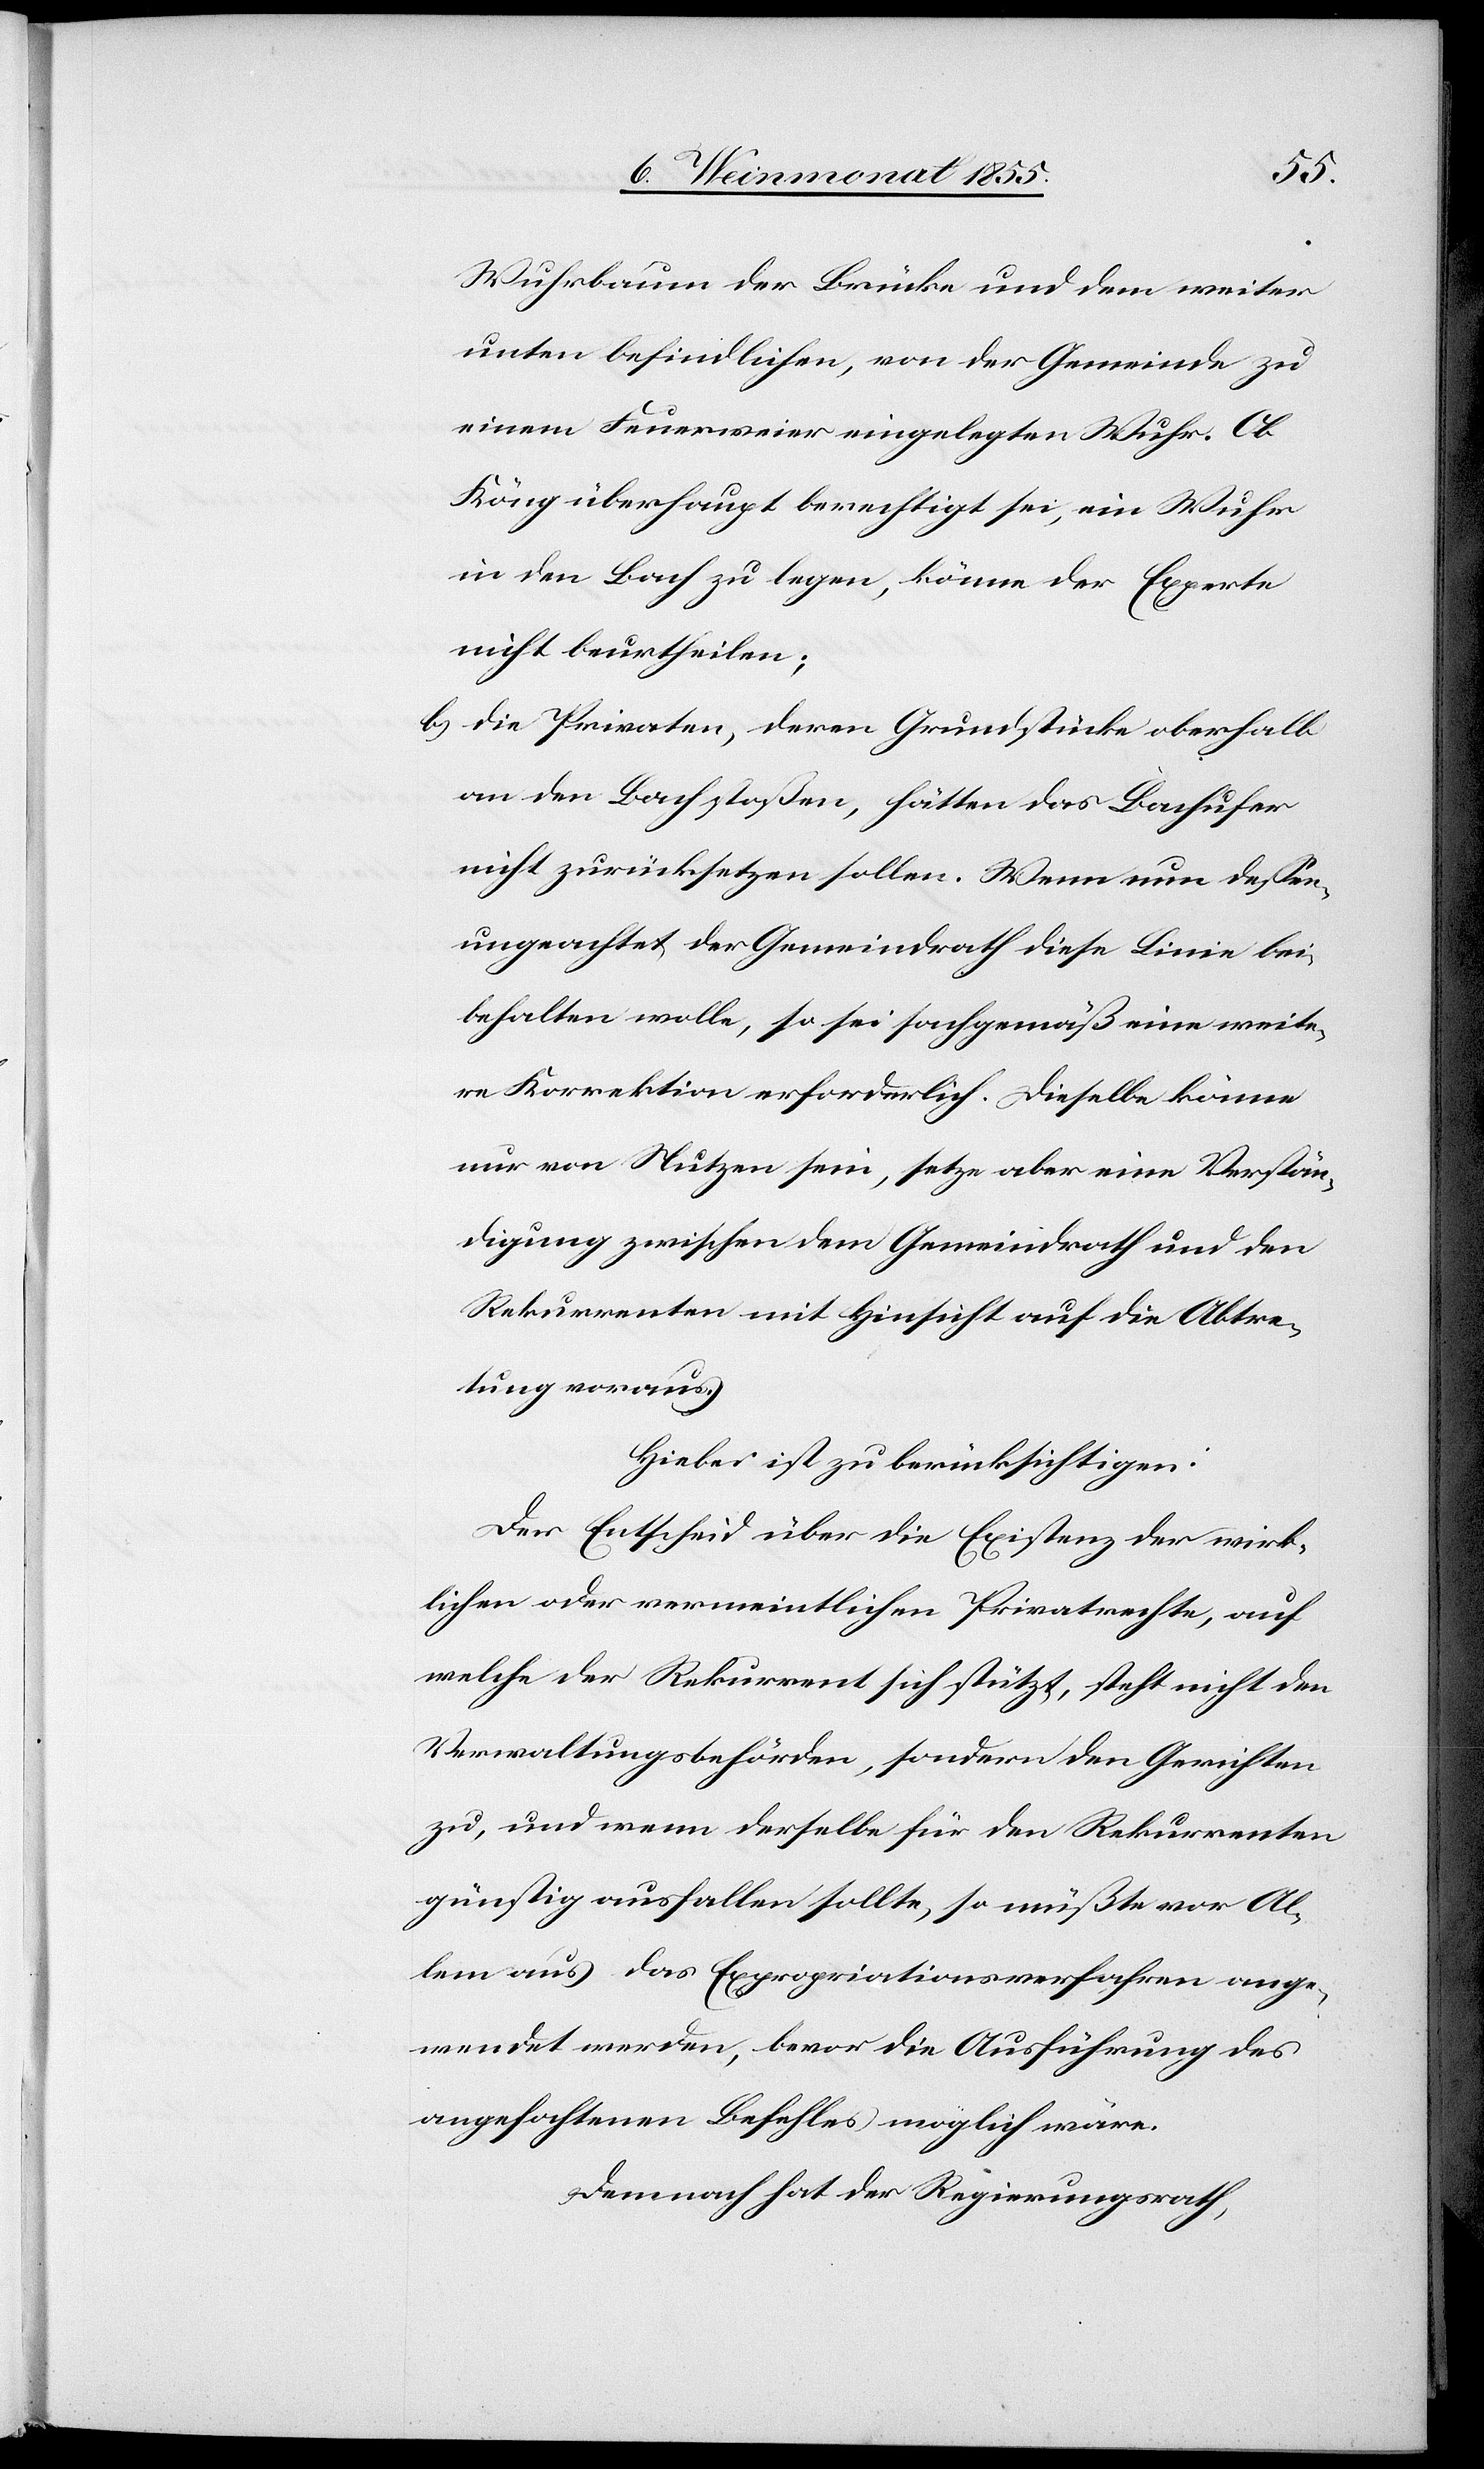
Wuhrbaum der Brücke und dem weiter
unten befindlichen, von der Gemeinde zu
einem Feuerweier eingelegten Wuhr. Ob
Köng überhaupt berechtigt sei, ein Wuhr
in den Bach zu legen, könne der Experte
nicht beurtheilen;
Die Privaten, deren Grundstücke oberhalb
an den Bach stoßen, hätten das Bachufer
nicht zurücksetzen sollen. Wenn nun dessen¬
ungeachtet der Gemeindrath diese Linie bei¬
behalten wolle, so sei sachgemäß eine weite¬
re Korrektion erforderlich. Dieselbe könne
nur von Nutzen sein, setze aber eine Verstän¬
digung zwischen dem Gemeindrath und den
Rekurrenten mit Hinsicht auf die Abtre¬
tung voraus.
Hiebei ist zu berücksichtigen:
Der Entscheid über die Existenz der wirk¬
lichen oder vermeintlichen Privatrechte, auf
welche der Rekurrent sich stützt, steht nicht den
Verwaltungsbehörden, sondern den Gerichten
zu, und wenn derselbe für den Rekurrenten
günstig ausfallen sollte, so müßte vor Al¬
lem aus das Expropriationsverfahren ange¬
wendet werden, bevor die Ausführung des
angefochtenen Befehles möglich wäre.
Demnach hat der Regierungsrath,